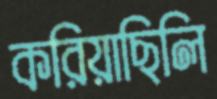
করিয়াছিলি